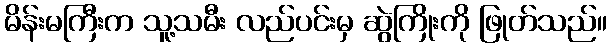
မိန်းမကြီးက သူ့သမီး လည်ပင်းမှ ဆွဲကြိုးကို ဖြုတ်သည်။